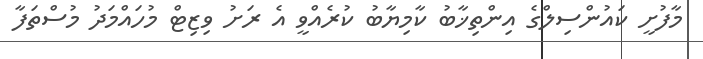
މާފުށީ ކައުންސިލްގެ އިންތިޚާބު ކާމިޔާބު ކުރެއްވީ އެ ރަށު ވިޒިޓް މުހައްމަދު މުސްތަފާ